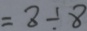
= 8 \div 8